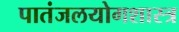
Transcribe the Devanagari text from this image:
पातंजलयोगशास्त्र